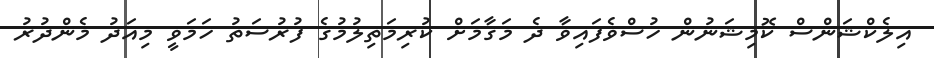
އިލެކްޝަންސް ކޮމިޝަނުން ހުސްވެފައިވާ ދެ މަގާމަށް ކުރިމަތިލުމުގެ ފުރުސަތު ހަމަވީ މިއަދު މެންދުރު